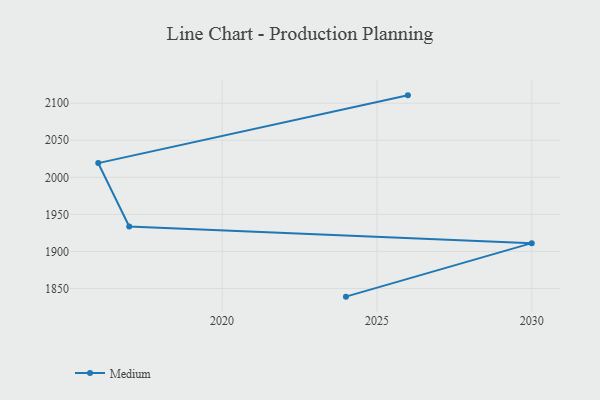
{"axis": {"x": "Year", "y": "Gross Profit (USD K)"}, "legend": ["Medium"], "data": [{"x": "2026", "y": 2110.6, "type": "Medium"}, {"x": "2016", "y": 2019.2, "type": "Medium"}, {"x": "2017", "y": 1933.6, "type": "Medium"}, {"x": "2030", "y": 1911.2, "type": "Medium"}, {"x": "2024", "y": 1839.0, "type": "Medium"}]}